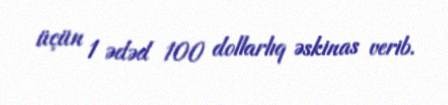
üçün 1 ədəd 100 dollarlıq əskinas verib.